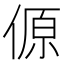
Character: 傆